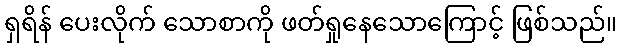
ရှရိန် ပေးလိုက် သောစာကို ဖတ်ရှုနေသောကြောင့် ဖြစ်သည်။